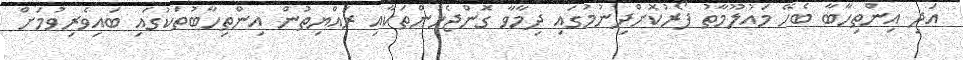
އަދި އިންތިހާބާ ބެހޭ މައުލޫމާތު ފޯރުކޮށްދިނުމުގައި ދިމާވާ ގޮންޖެހުންތަކާއި ރައްޔިތުން އިންތިހާބުތަކުގައި ބައިވެރިވުމަށް